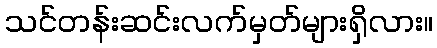
သင်တန်းဆင်းလက်မှတ်များရှိလား။